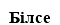
Білсе